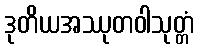
ဒုတိယအဿုတဝါသုတ္တံ